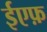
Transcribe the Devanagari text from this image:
ईएफ़